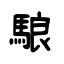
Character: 駺